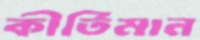
কীর্তিমান